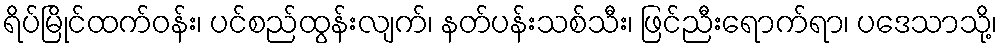
ရိပ်မြိုင်ထက်ဝန်း၊ ပင်စည်ထွန်းလျက်၊ နတ်ပန်းသစ်သီး၊ ဖြင်ညီးရောက်ရာ၊ ပဒေသာသို့၊